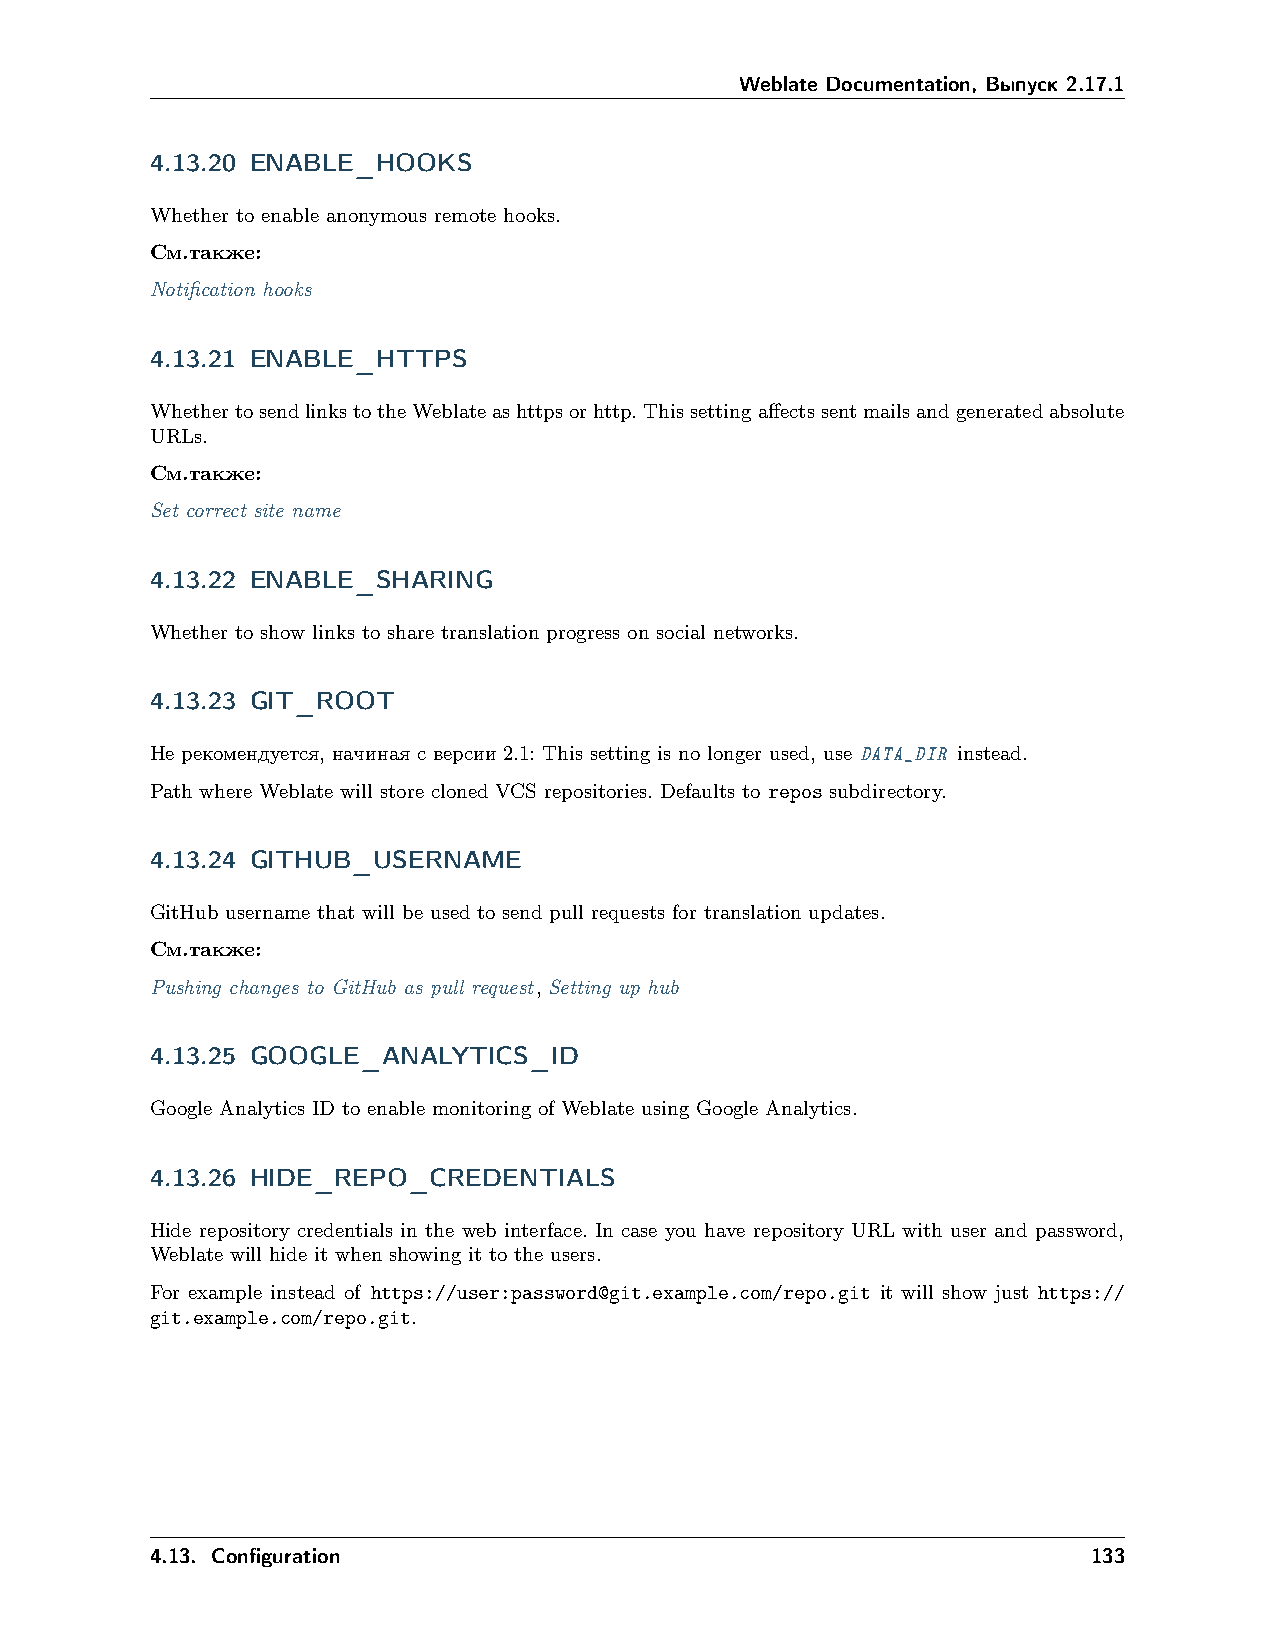
Weblate Documentation, Выпуск 2.17.1
 4.13.20 ENABLE_HOOKS
 Whether to enable anonymous remote hooks.
 См.также:
 Notification hooks
 4.13.21 ENABLE_HTTPS
 WhethertosendlinkstotheWeblateashttpsorhttp.Thissettingaffectssentmailsandgeneratedabsolute
 URLs.
 См.также:
 Set correct site name
 4.13.22 ENABLE_SHARING
 Whether to show links to share translation progress on social networks.
 4.13.23 GIT_ROOT
 Не рекомендуется, начиная с версии 2.1: This setting is no longer used, use DATA_DIR instead.
 Path where Weblate will store cloned VCS repositories. Defaults to repos subdirectory.
 4.13.24 GITHUB_USERNAME
 GitHub username that will be used to send pull requests for translation updates.
 См.также:
 Pushing changes to GitHub as pull request, Setting up hub
 4.13.25 GOOGLE_ANALYTICS_ID
 Google Analytics ID to enable monitoring of Weblate using Google Analytics.
 4.13.26 HIDE_REPO_CREDENTIALS
 Hide repository credentials in the web interface. In case you have repository URL with user and password,
 Weblate will hide it when showing it to the users.
 For example instead of https://user:password@git.example.com/repo.git it will show just https://
 git.example.com/repo.git.
 4.13. Configuration                                           133